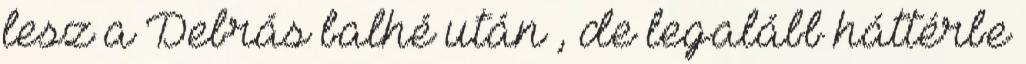
lesz a Debrás balhé után , de legalább háttérbe